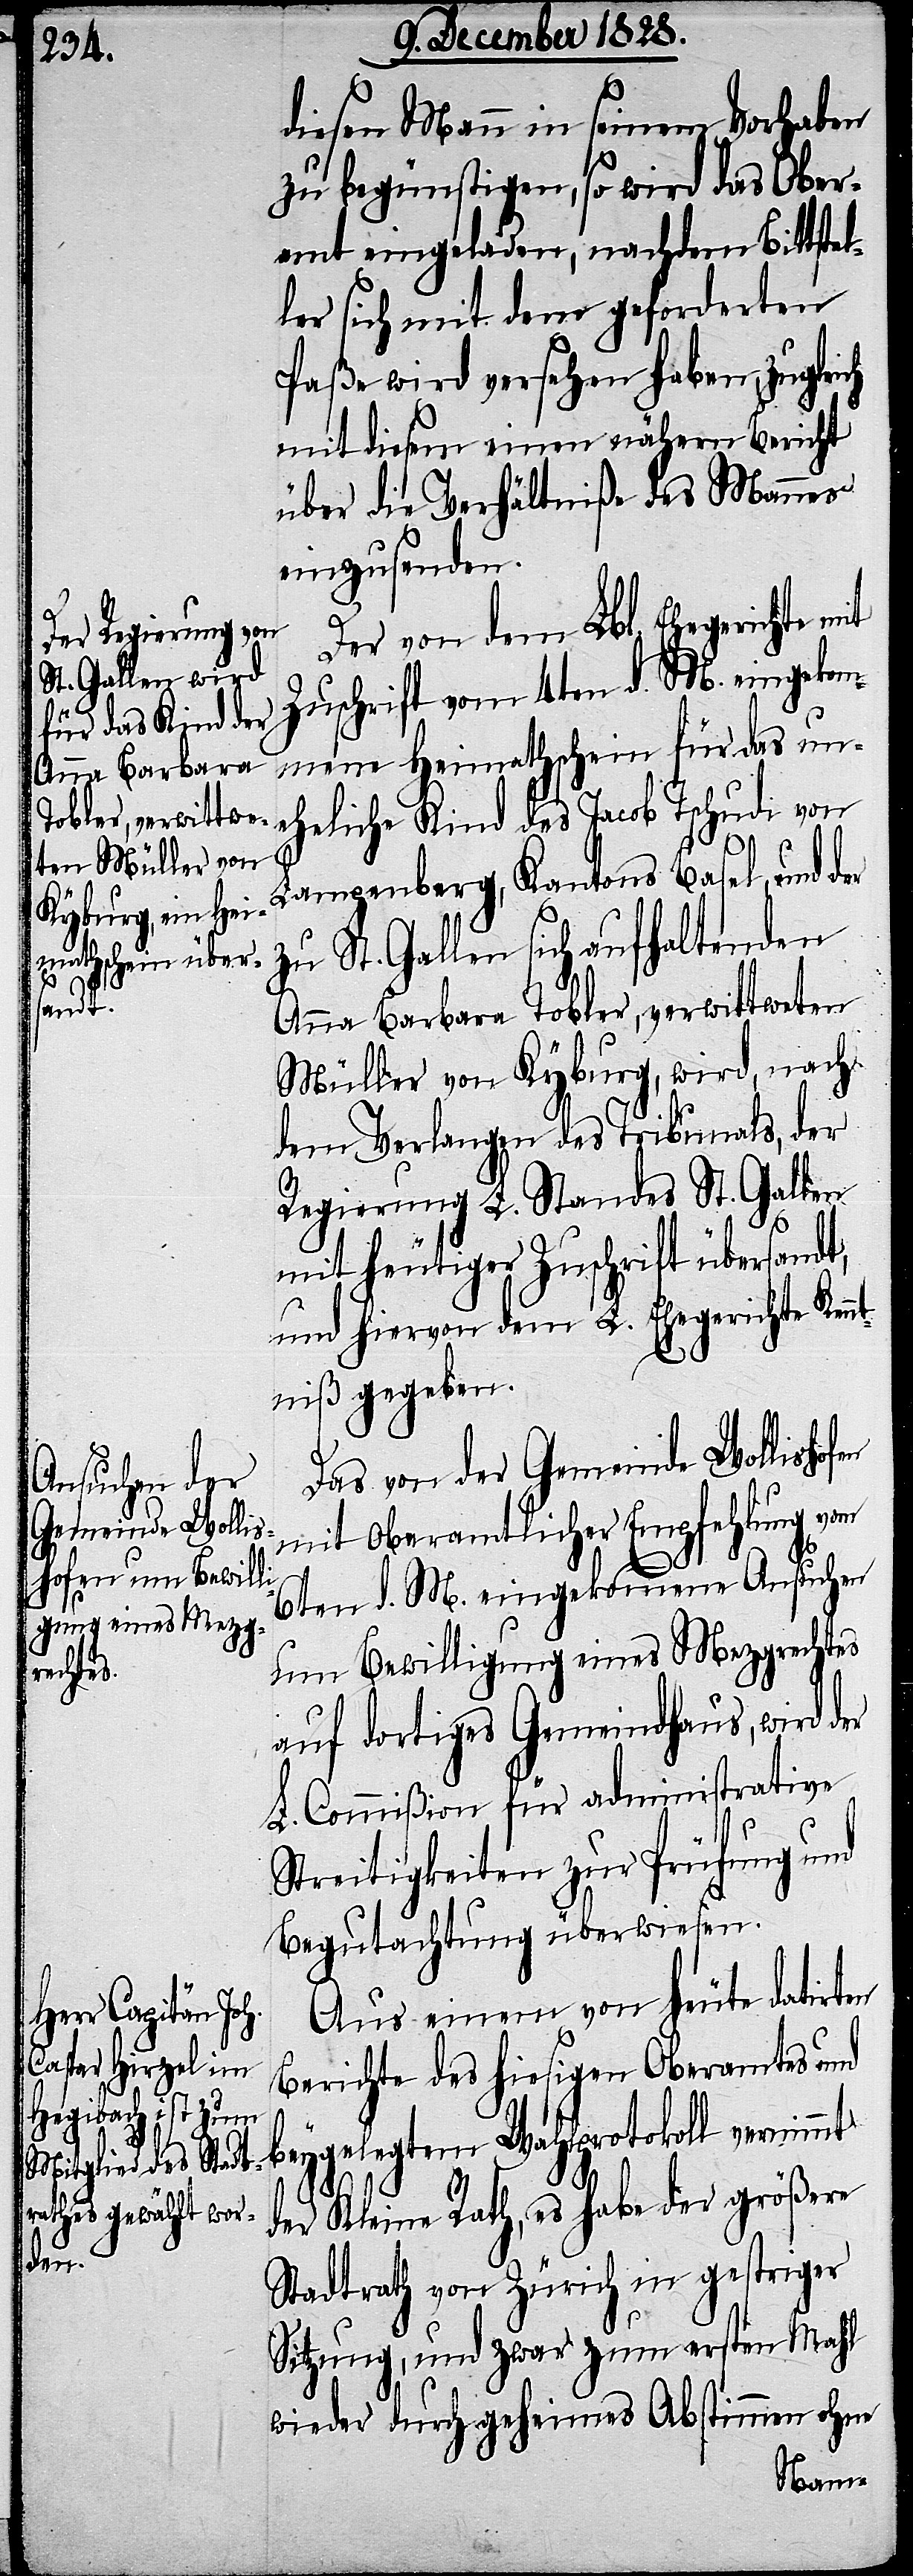
diesen Mann in seinem Vorhaben
zu begünstigen, so wird das Ober¬
amt eingeladen, nachdem Bittstel¬
ler sich mit dem geforderten
Paße wird versehen haben, zuglei¬
mit diesem einen nähern Bericht
über die Verhältniße des Mannes
einzusenden.
Der von dem Lbl. Ehegerichte mit
Zuschrift vom 4ten d. M. eingekom¬
mene Heimathschein für das un¬
eheliche Kind des Jacob Tschudi von
Langenberg, Kantons Basel, und
zu St. Gallen sich aufhaltenden
Anna Barbara Tobler, verwittweten
Müller von Kyburg, wird, nach
dem Verlangen des Tribunals, der
Regierung L. Standes St. Gallen
mit heutiger Zuschrift übersandt,
und hiervon dem L. Ehegerichte Kenn¬
tniß gegeben.
Das von der Gemeinde Wollisho¬
mit oberamtlicher Empfehlung vom
6ten d. M. eingekommene Ansuchen
um Bewilligung eines Mezgrechtes
auf dortiges Gemeindhaus, wird der
L. Commißion für Administrative
fen
Streitigkeiten zur Prüfung und
Begutachtung überwiesen.
Aus einem von heute datirten
Berichte des hiesigen Oberamtes u¬
nd beygelegten Wahlprotokoll vernimmt
der Kleine Rath, es habe der größere
der
Stadtrath von Zürich in gestriger
Sitzung, und zwar zum ersten Mahl
wieder durch geheimes Abstimmen ohne